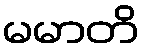
မမာတိ